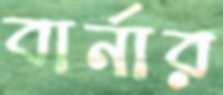
বার্নার